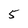
Character: 5